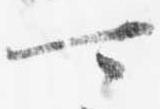
可